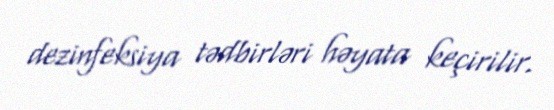
dezinfeksiya tədbirləri həyata keçirilir.